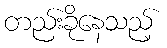
တည်းခိုနေသည့်